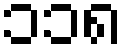
၁၁၈